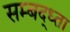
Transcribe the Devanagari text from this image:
सम्बद्ध्ता